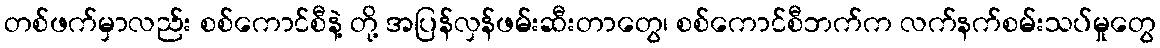
တစ်ဖက်မှာလည်း စစ်ကောင်စီနဲ့ တို့ အပြန်လှန်ဖမ်းဆီးတာတွေ၊ စစ်ကောင်စီဘက်က လက်နက်စမ်းသပ်မှုတွေ